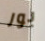
بور